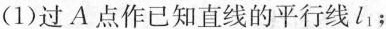
(1)过A点作已知直线的平行线l_{1}；